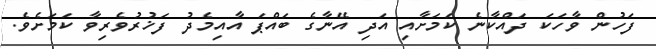
ފަހުން ވާހަކަ ދައްކާނެ ކަމަށާއި އަދި އޭނާގެ ބައްޕަ އާއިމެދު ފަޚުރުވެރިވާ ކަމަށެވެ.